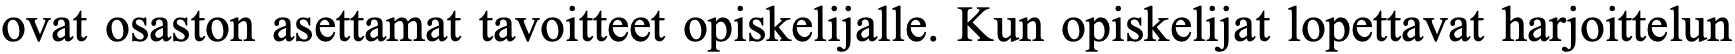
ovat osaston asettamat tavoitteet opiskelijalle. Kun opiskelijat lopettavat harjoittelun